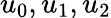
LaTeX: u_{0},u_{1},u_{2}